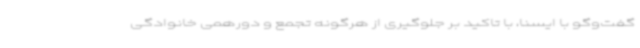
گفت‌وگو با ایسنا، با تاکید بر جلوگیری از هرگونه تجمع و دورهمی خانوادگی